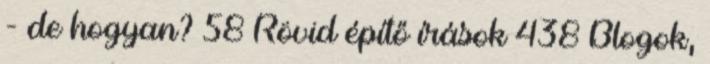
- de hogyan? 58 Rövid építő írások 438 Blogok,